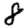
Digit: 8